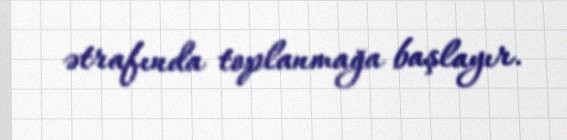
ətrafında toplanmağa başlayır.